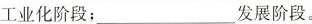
工业化阶段；___发展阶段。